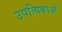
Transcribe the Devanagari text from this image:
उपत्यिकाओं